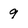
Character: 9